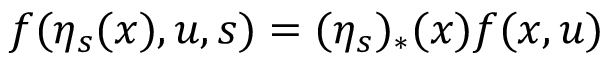
f ( \eta _ { s } ( x ) , u , s ) = ( \eta _ { s } ) _ { * } ( x ) f ( x , u )